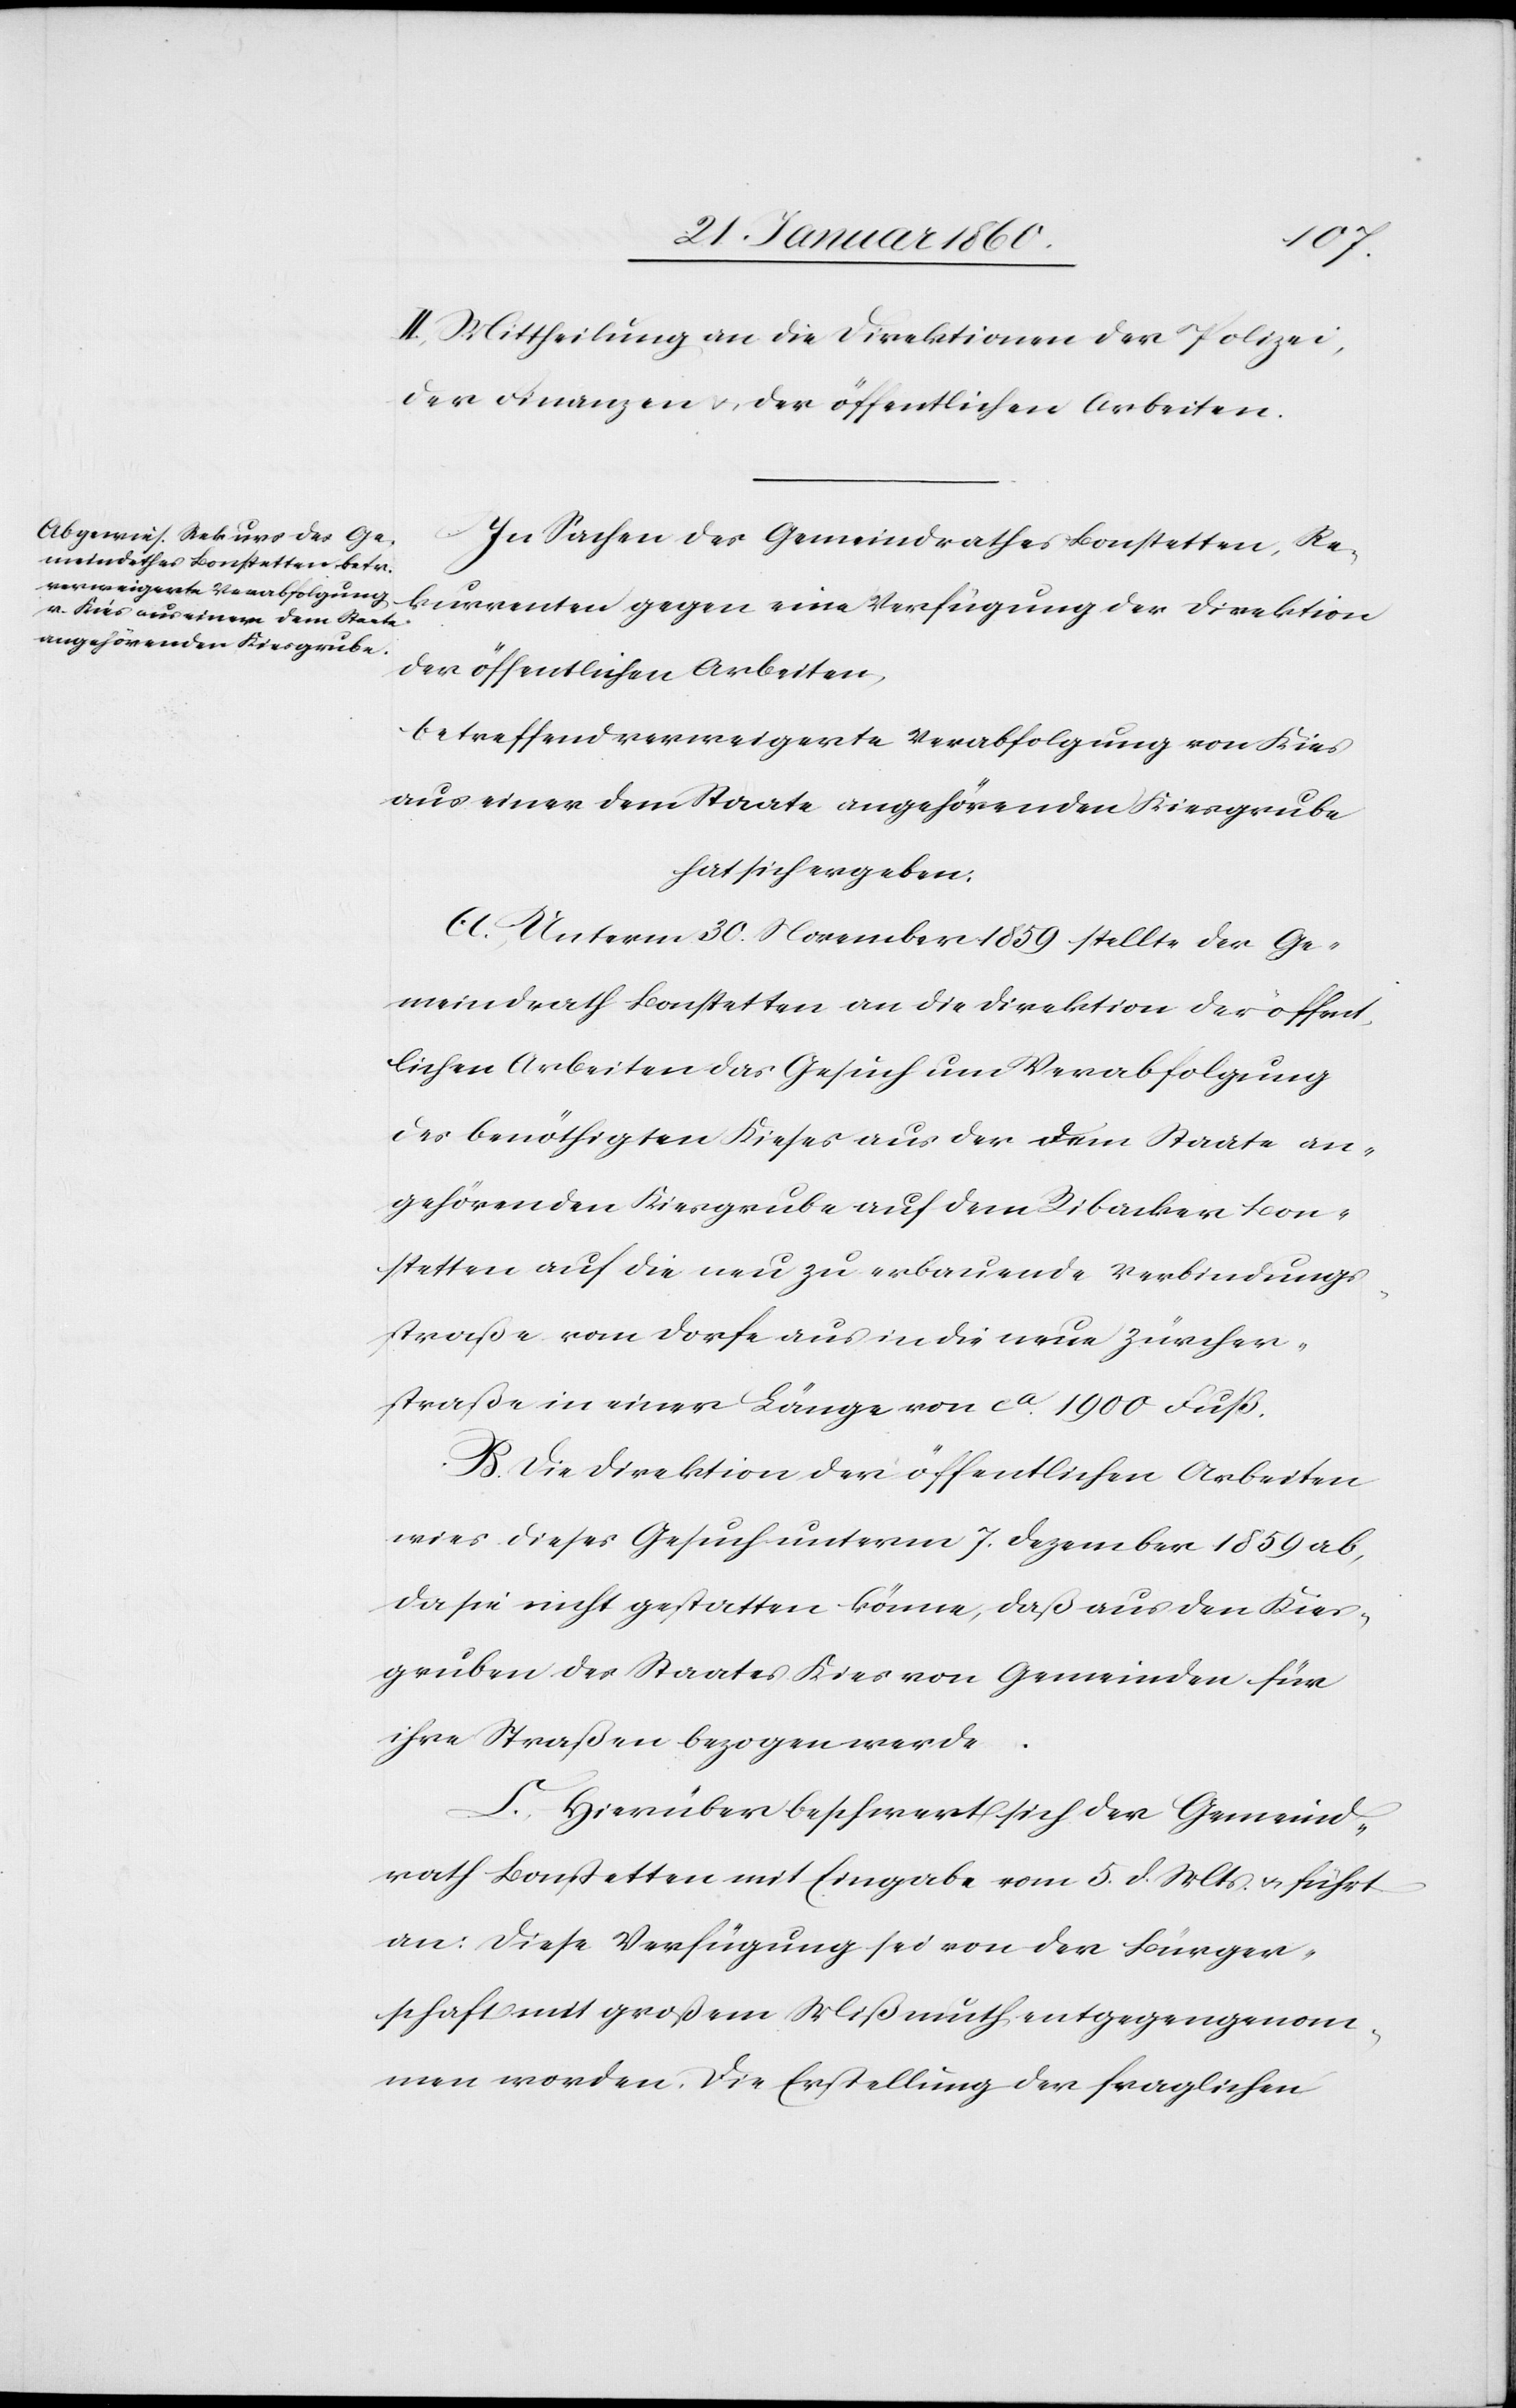
II. Mittheilung an die Direktionen der Polizei,
der Finanzen u. der öffentlichen Arbeiten.
In Sachen des Gemeindrathes Bonstetten, Re¬
kurrenten gegen eine Verfügung der Direktion
der öffentlichen Arbeiten,
betreffend verweigerte Verabfolgung von Kies
aus einer dem Staate angehörenden Kiesgrube
hat sich ergeben.
A. Unterm 30. November 1859 stellt der Ge¬
meindrath Bonstetten an die Direktion der öffent¬
lichen Arbeiten das Gesuch um Verabfolgung
des benöthigten Kieses aus der dem Staate an¬
gehörenden Kiesgrube auf dem Ribacker Bon¬
stetten auf die neu zu erbauende Verbindungs¬
straße vom Dorfe aus in die neue Zürcher¬
straße in einer Länge von ca 1900 Fuß.
B. Die Direktion der öffentlichen Arbeiten
wies dieses Gesuch unterm 7. Dezember 1859 ab,
da sie nicht gestatten könne, daß aus den Kies¬
gruben des Staates Kies von Gemeinden für
ihre Straßen bezogen werde.
C. Hierüber beschwert sich der Gemeind¬
rath Bonstetten mit Eingabe vom 5. d. Mts. u. führt
an: Diese Verfügung sei von der Bürger¬
schaft mit großem Mißmuth entgegengenom¬
men worden. Die Erstellung der fraglichen